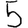
Digit: 5